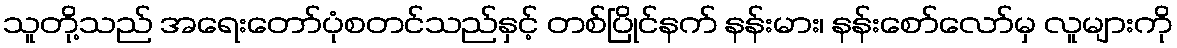
သူတို့သည် အရေးတော်ပုံစတင်သည်နှင့် တစ်ပြိုင်နက် နန်းမား၊ နန်းစော်လော်မှ လူများကို